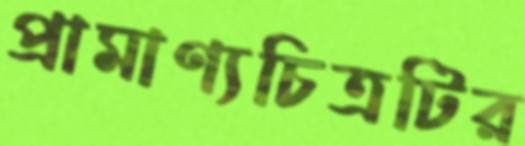
প্রামাণ্যচিত্রটির